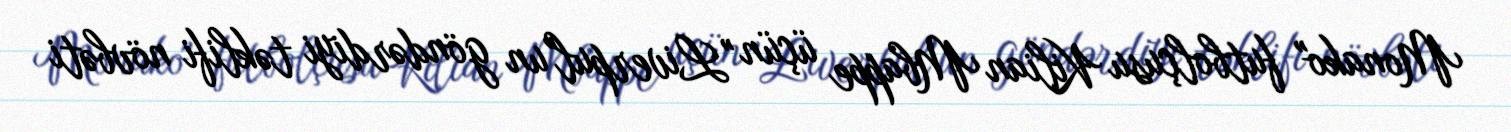
Monako" futbolçusu Kilian Mbappe üçün "Liverpul"un göndərdiyi təklifi növbəti